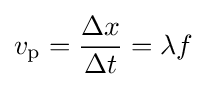
v_{\rm {p}}={\frac {\Delta x}{\Delta t}}=\lambda f\